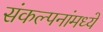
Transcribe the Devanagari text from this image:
संकल्पनांमध्ये